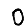
Digit: 0